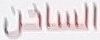
الساخن